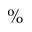
\%